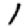
Digit: 1